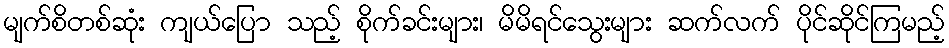
မျက်စိတစ်ဆုံး ကျယ်ပြော သည့် စိုက်ခင်းများ၊ မိမိရင်သွေးများ ဆက်လက် ပိုင်ဆိုင်ကြမည့်